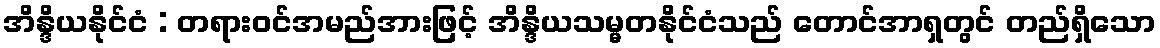
အိန္ဒိယနိုင်ငံ : တရားဝင်အမည်အားဖြင့် အိန္ဒိယသမ္မတနိုင်ငံသည် တောင်အာရှတွင် တည်ရှိသော